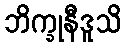
ဘိက္ခုနီဒူသိ